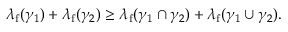
\lambda _ { \mathrm { f } } ( \gamma _ { 1 } ) + \lambda _ { \mathrm { f } } ( \gamma _ { 2 } ) \geq \lambda _ { \mathrm { f } } ( \gamma _ { 1 } \cap \gamma _ { 2 } ) + \lambda _ { \mathrm { f } } ( \gamma _ { 1 } \cup \gamma _ { 2 } ) .